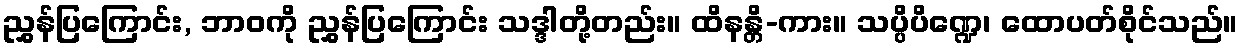
ညွှန်ပြကြောင်း, ဘာဝကို ညွှန်ပြကြောင်း သဒ္ဒါတို့တည်း။ ထိနန္တိ-ကား။ သပ္ပိပိဏ္ဍေ၊ ထောပတ်စိုင်သည်။